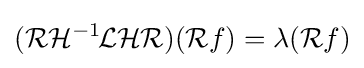
({\mathcal {R}}{\mathcal {H}}^{-1\!}{\mathcal {L}}{\mathcal {H}}{\mathcal {R}})({\mathcal {R}}f)=\lambda ({\mathcal {R}}f)